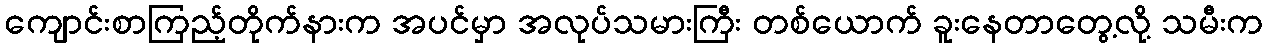
ကျောင်းစာကြည့်တိုက်နားက အပင်မှာ အလုပ်သမားကြီး တစ်ယောက် ခူးနေတာတွေ့လို့ သမီးက